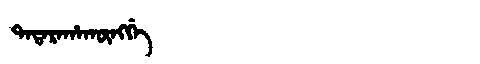
Manchu: ᡨᠠᡨᠠᡵᠠᡥᠠᡴᡡᠩᡤᡝ
Romanization: TATARAHAKŪNGGE